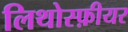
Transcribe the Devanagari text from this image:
लिथोस्फ़ीयर